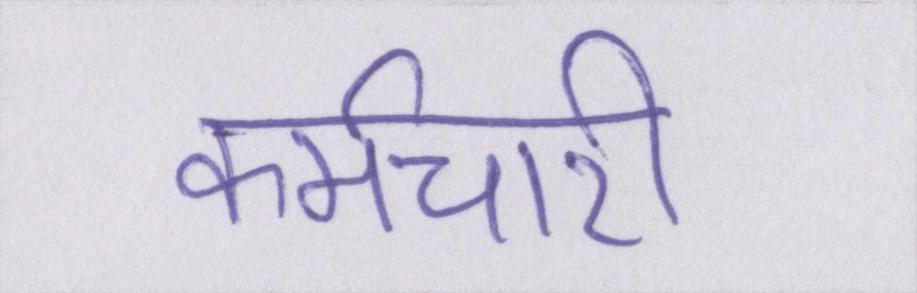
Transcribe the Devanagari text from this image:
कर्मचारी